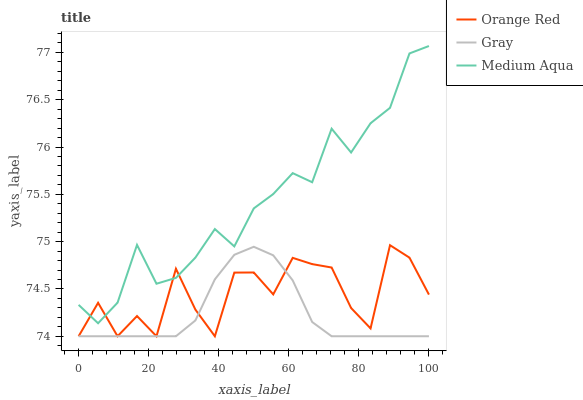
| xaxis_label | Orange Red | Gray | Medium Aqua |
 | --- | --- | --- | --- |
 | 0 | 74 | 74 | 74.3 |
 | 5.56 | 74.4 | 74 | 74.1 |
 | 11.1 | 74 | 74 | 74.4 |
 | 16.7 | 74.2 | 74 | 75 |
 | 22.2 | 74 | 74 | 74.6 |
 | 27.8 | 74.7 | 74 | 74.6 |
 | 33.3 | 74.3 | 74.2 | 74.8 |
 | 38.9 | 74 | 74.6 | 75.1 |
 | 44.4 | 74.7 | 74.9 | 74.9 |
 | 50 | 74.7 | 74.9 | 75.4 |
 | 55.6 | 74.4 | 74.9 | 75.5 |
 | 61.1 | 74.8 | 74.6 | 75.7 |
 | 66.7 | 74.8 | 74.2 | 75.6 |
 | 72.2 | 74.7 | 74 | 76.2 |
 | 77.8 | 74.3 | 74 | 75.9 |
 | 83.3 | 74.1 | 74 | 76.3 |
 | 88.9 | 75 | 74 | 76.4 |
 | 94.4 | 74.8 | 74 | 77 |
 | 100 | 74.4 | 74 | 77.1 |